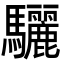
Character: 驪